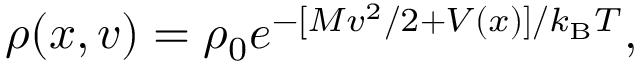
\rho ( x , v ) = \rho _ { 0 } e ^ { - [ M v ^ { 2 } / 2 + V ( x ) ] / k _ { \mathrm { B } } T } ,